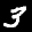
Digit: 3